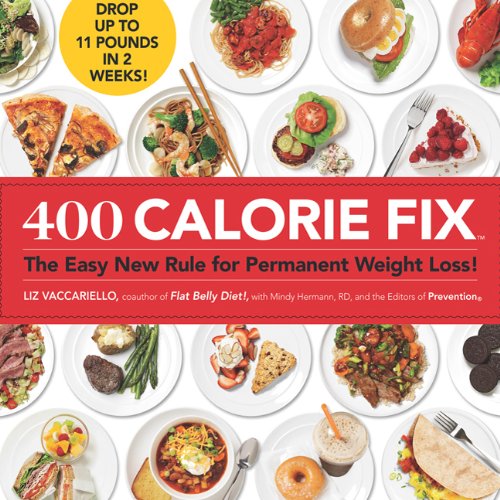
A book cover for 400 Calorie Fix: The Easy New Rule for Permanent Weight Loss!; Liz Vaccariello; Health, Fitness & Dieting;